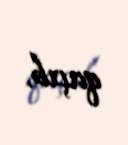
qaçıb.